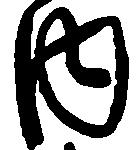
内